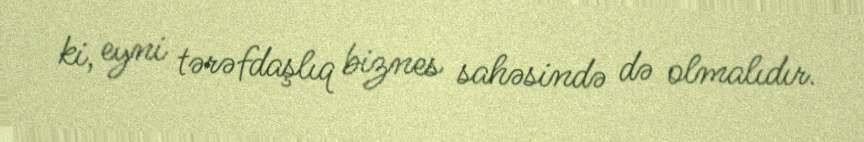
ki, eyni tərəfdaşlıq biznes sahəsində də olmalıdır.